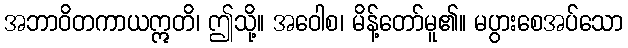
အဘာဝိတကာယဣတိ၊ ဤသို့။ အဝေါစ၊ မိန့်တော်မူ၏။ မပွားစေအပ်သော